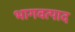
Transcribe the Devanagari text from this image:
भागवत्पाद